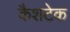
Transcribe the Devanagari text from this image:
कैशटेक